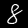
Digit: 8